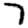
Digit: 7